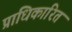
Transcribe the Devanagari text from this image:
प्राधिकारित